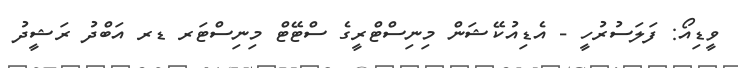
ވީޑިއޯ: ފަލަސުރުހީ - އެޑިއުކޭޝަން މިނިސްޓްރީގެ ސްޓޭޓް މިނިސްޓަރ ޑރ އަބްދު ރަޝީދު